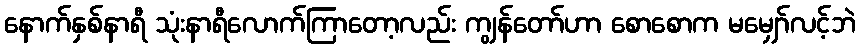
နောက်နှစ်နာရီ သုံးနာရီလောက်ကြာတော့လည်း ကျွန်တော်ဟာ စောစောက မမျှော်လင့်ဘဲ